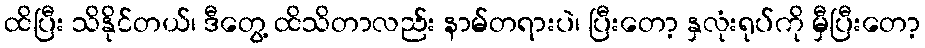
ထိပြီး သိနိုင်တယ်၊ ဒီတွေ့ ထိသိတာလည်း နာမ်တရားပဲ၊ ပြီးတော့ နှလုံးရုပ်ကို မှီပြီးတော့